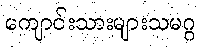
ကျောင်းသားများသမဂ္ဂ